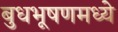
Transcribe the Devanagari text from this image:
बुधभूषणमध्ये